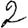
Digit: 2